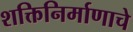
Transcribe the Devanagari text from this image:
शक्तिनिर्माणाचे